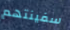
سفينتهم